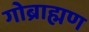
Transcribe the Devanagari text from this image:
गोब्राह्मण